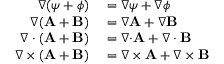
\begin{array} { r l } { \nabla ( \psi + \phi ) } & { { } = \nabla \psi + \nabla \phi } \\ { \nabla ( \mathbf { A } + \mathbf { B } ) } & { { } = \nabla \mathbf { A } + \nabla \mathbf { B } } \\ { \nabla \cdot ( \mathbf { A } + \mathbf { B } ) } & { { } = \nabla { \cdot } \mathbf { A } + \nabla \cdot \mathbf { B } } \\ { \nabla \times ( \mathbf { A } + \mathbf { B } ) } & { { } = \nabla \times \mathbf { A } + \nabla \times \mathbf { B } } \end{array}